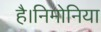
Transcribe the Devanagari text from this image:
है।निमोनिया